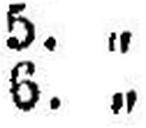
6. „